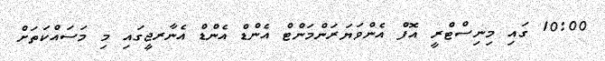
10:00 ގައި މިނިސްޓްރީ އޮފް އެންވަޔަރަންމަންޓް އެންޑް އެންޑް އެނާރޖީގައި މި މަސައްކަތަށް